Lunatic asylums Bombay report 1891-1903 - 1891-1903
Year: 1891
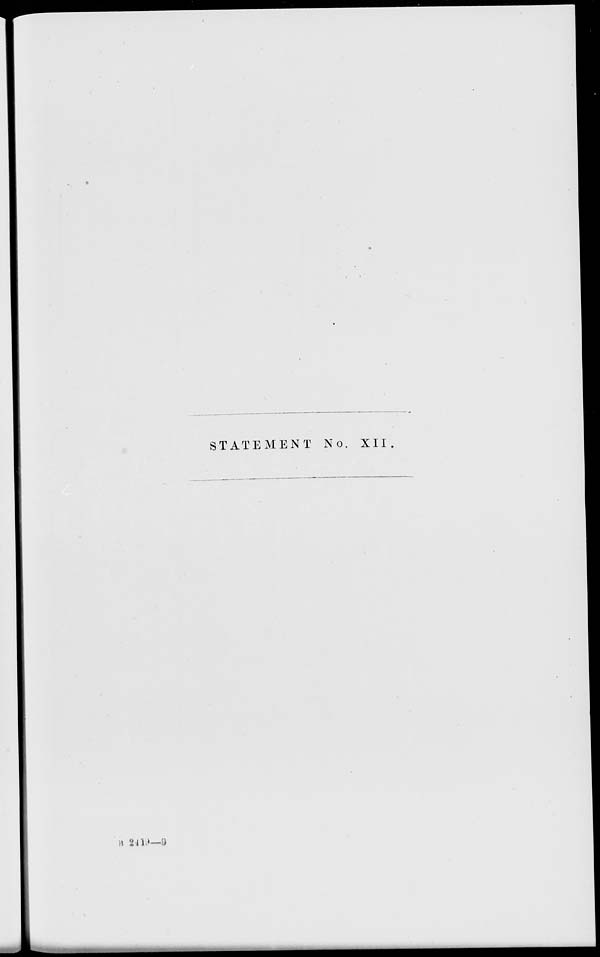
STATEMENT No. XII.
B 2410—9